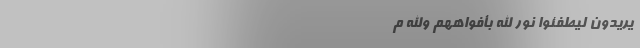
یُرِیدُونَ لِیُطْفِئُوا نُورَ اللَّهِ بِأَفْوَاهِهِمْ وَاللَّهُ م